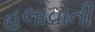
હલાવાતી